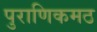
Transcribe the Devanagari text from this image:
पुराणिकमठ